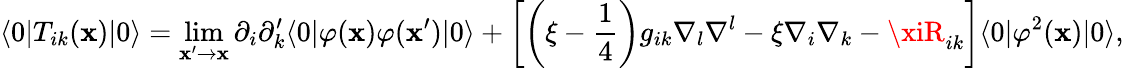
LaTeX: \langle0|T_{ik}(\mathbf{x})|0\rangle=\operatorname*{lim}_{\mathbf{x}^{\prime}\rightarrow\mathbf{x}}\partial_{i}\partial_{k}^{\prime}\langle0|\varphi(\mathbf{x})\varphi(\mathbf{x}^{\prime})|0\rangle+\left[\left(\xi-\frac{{1}}{{4}}\right)g_{ik}\nabla_{l}\nabla^{l}-\xi\nabla_{i}\nabla_{k}-\xiR_{ik}\right]\langle0|\varphi^{2}(\mathbf{x})|0\rangle,